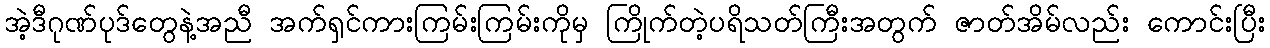
အဲ့ဒီဂုဏ်ပုဒ်တွေနဲ့အညီ အက်ရှင်ကားကြမ်းကြမ်းကိုမှ ကြိုက်တဲ့ပရိသတ်ကြီးအတွက် ဇာတ်အိမ်လည်း ကောင်းပြီး